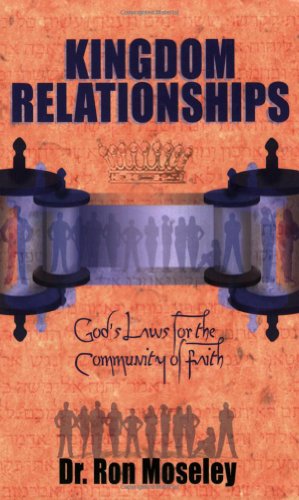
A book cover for Kingdom Relationships: God's Laws for the Community of Faith; Ron Moseley; Christian Books & Bibles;